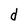
Character: d